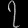
Digit: ၇